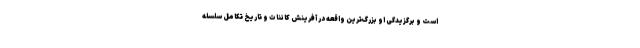
است و برگزیدگی او بزرگ‌ترین واقعه در آفرینش کائنات و تاریخ تکامل سلسله